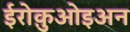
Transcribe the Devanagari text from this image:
ईरोक़ुओइअन